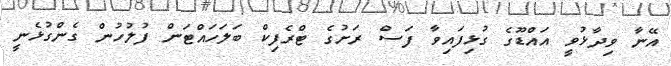
އޭނާ ވިދާޅުވީ އައްޑޫގެ ގުޅިފައިވާ ފަސް ރަށުގެ ޓްރެފިކް ބަލަހައްޓަން ފުލުހުން ގެންގުޅެނީ